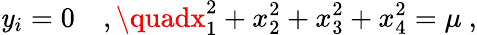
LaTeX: \mathit{y}_{i}=0\quad,\quadx_{1}^{2}+x_{2}^{2}+x_{3}^{2}+x_{4}^{2}=\mu~,